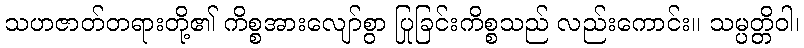
သဟဇာတ်တရားတို့၏ ကိစ္စအားလျော်စွာ ပြုခြင်းကိစ္စသည် လည်းကောင်း။ သမ္ပတ္တိဝါ၊